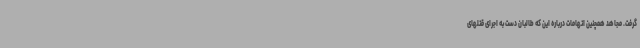
گرفت. مجاهد همچنین اتهامات درباره این که طالبان دست به اجرای قتلهای